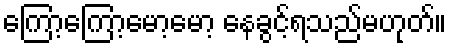
ကြော့ကြော့မော့မော့ နေခွင့်ရသည်မဟုတ်။